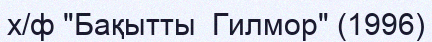
х/ф "Бақытты  Гилмор" (1996)